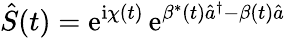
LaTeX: \hat{S}(t)=\mathrm{e}^{\mathrm{i}\chi(t)}\, \mathrm{e}^{\beta^{*}(t)\hat{a}^{\dagger}-\beta(t)\hat{a}}